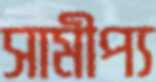
সামীপ্য